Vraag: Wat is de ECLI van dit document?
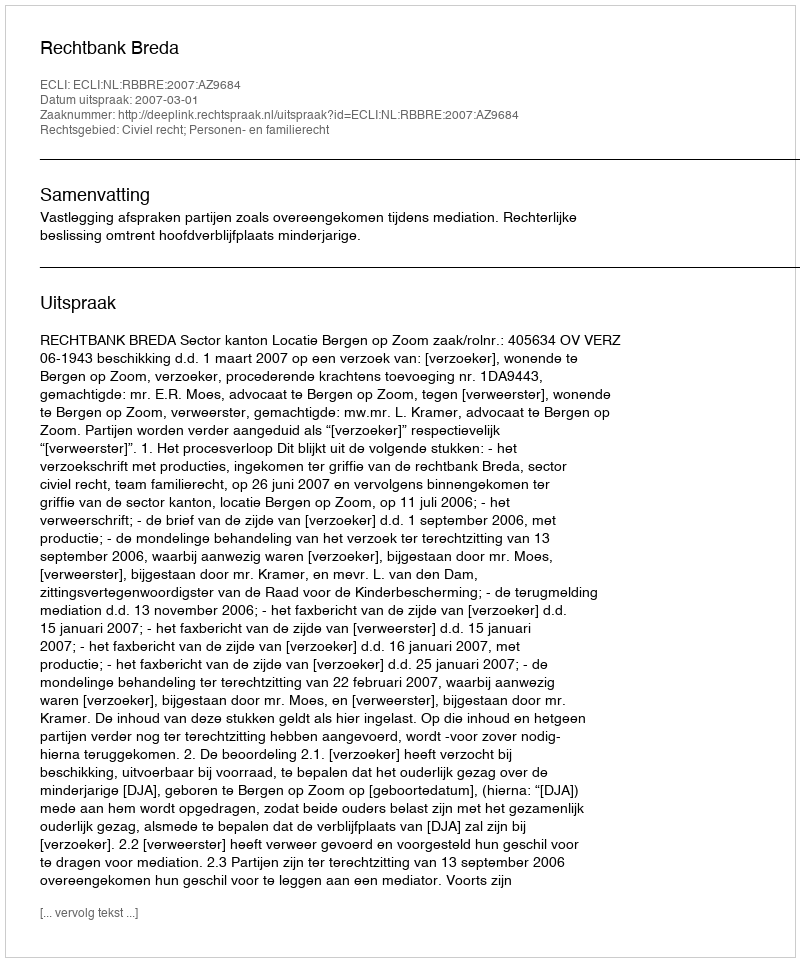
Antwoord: ECLI:NL:RBBRE:2007:AZ9684